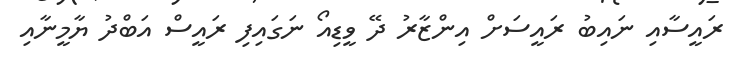
ރައީސާއި ނައިބު ރައީސަށް އިންޒާރު ދޭ ވީޑިއޯ ނަގައިފި ރައީސް އަބްދު ޔާމީނާއި